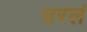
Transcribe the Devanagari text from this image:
उरलं